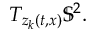
T _ { z _ { k } ( t , x ) } \mathbb { S } ^ { 2 } .